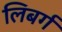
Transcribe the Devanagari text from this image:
लिबर्ग